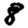
Digit: 8